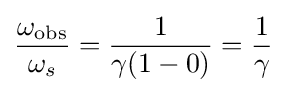
{\frac {\omega _{\mathrm {obs} }}{\omega _{s}}}={\frac {1}{\gamma (1-0)}}={\frac {1}{\gamma }}